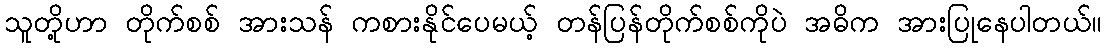
သူတို့ဟာ တိုက်စစ် အားသန် ကစားနိုင်ပေမယ့် တန်ပြန်တိုက်စစ်ကိုပဲ အဓိက အားပြုနေပါတယ်။